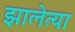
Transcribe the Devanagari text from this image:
झालेत्या